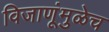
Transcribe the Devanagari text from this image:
विजाणूंमुळेच